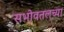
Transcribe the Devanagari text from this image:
सभोवतलच्या